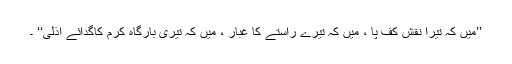
’’میں کہ تیرا نقشِ کف پا ، میں کہ تیرے راستے کا غبار ، میں کہ تیری بارگاہِ کرم کاگدائے اذلی‘‘ ۔